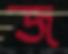
জ